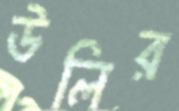
উলির